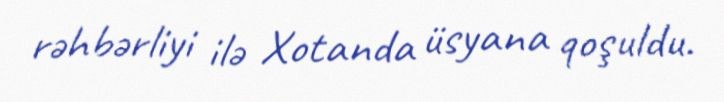
rəhbərliyi ilə Xotanda üsyana qoşuldu.